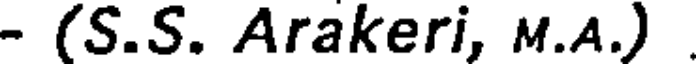
- (S.S. Arakeri, M.A.)